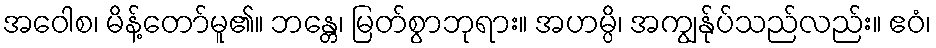
အဝေါစ၊ မိန့်တော်မူ၏။ ဘန္တေ၊ မြတ်စွာဘုရား။ အဟမ္ပိ၊ အကျွန်ုပ်သည်လည်း။ ဧဝံ၊